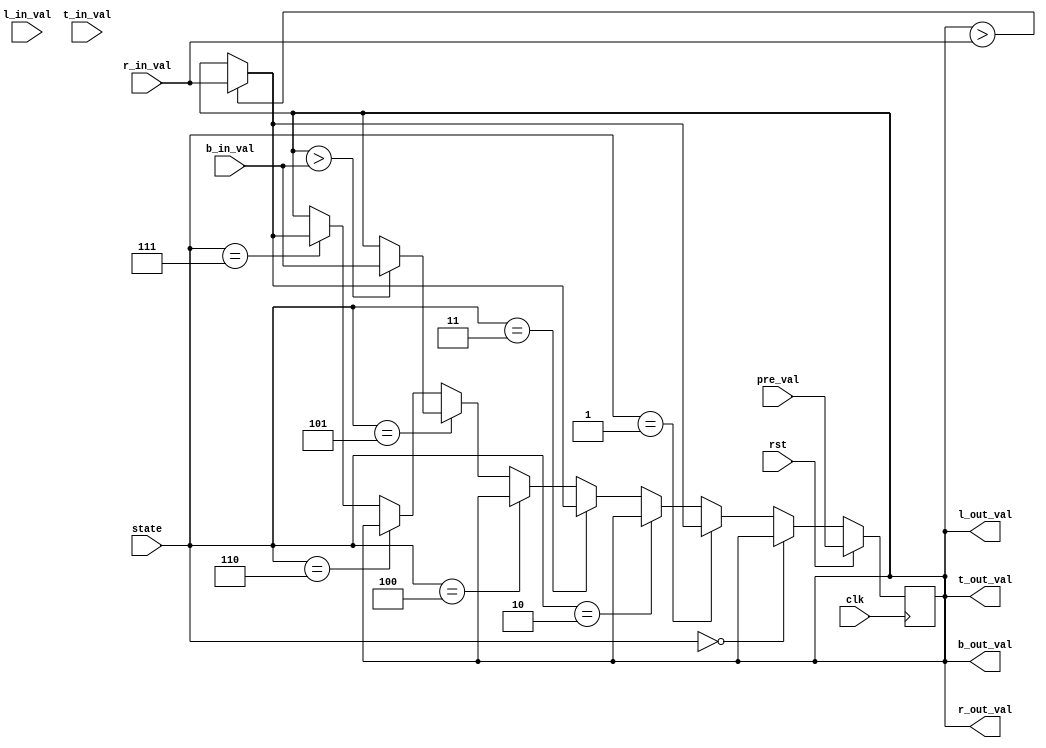
module PE #(parameter WIDTH = 8, MY_ROW=0, MY_COL=0, TOTAL_ROW_COUNT = 4, TOTAL_COL_COUNT = 4, TOTAL_COL=8, TOTAL_ROW = 8)
    (clk, rst, state, pre_val, l_in_val, r_in_val, t_in_val, b_in_val, l_out_val, r_out_val, t_out_val, b_out_val);

    input clk;
    input rst;
    input [3:0] state;
    input [WIDTH-1:0] l_in_val;
    input [WIDTH-1:0] r_in_val;
    input [WIDTH-1:0] t_in_val;
    input [WIDTH-1:0] b_in_val;
    input [WIDTH-1:0] pre_val;

    output [WIDTH-1:0] l_out_val;
    output [WIDTH-1:0] r_out_val;
    output [WIDTH-1:0] t_out_val;
    output [WIDTH-1:0] b_out_val;

    reg [WIDTH-1:0] current_val;
    reg [WIDTH-1:0] counter;
    wire [WIDTH-1:0] my_row = MY_ROW;
    wire [WIDTH-1:0] my_col = MY_COL;

    reg [WIDTH-1:0] tmp_current_val;
    reg [WIDTH-1:0] shuffle_val;

    assign l_out_val = current_val;
    assign r_out_val = current_val;
    assign b_out_val = current_val;
    assign t_out_val = current_val;

    reg state_two_done = 0 ;

    always@(posedge clk)begin
        if(rst == 1) begin
            counter <= 0 ;
            current_val <= pre_val; 
            state_two_done <= 0;
        end 
        
        else if (state == 0) begin // odd transpose in first step
            if(my_row[0] == 0) begin // even row
                if(my_col[0] == 0 ) begin  // even col
                    if((current_val < l_in_val ) && (my_col!=0) && (my_col!= (TOTAL_COL_COUNT/2))) begin
                        current_val <= l_in_val;
                    end
                end else begin
                    if((current_val > r_in_val) && (my_col!=(TOTAL_COL_COUNT/2 - 1)) &&(my_col!=(TOTAL_COL_COUNT-1))) begin
                        current_val <= r_in_val;
                    end
                end
            end else begin          // odd row
                if(my_col[0] == 0 ) begin  // even col
                    if((current_val > l_in_val) && (my_col!=0) && (my_col!= (TOTAL_COL_COUNT/2))) begin
                        current_val <= l_in_val;
                    end
                end else begin
                    if((current_val < r_in_val) && (my_col!=(TOTAL_COL_COUNT/2 - 1)) &&(my_col!=(TOTAL_COL_COUNT-1))) begin
                        current_val <= r_in_val;
                    end
                end

            end
            tmp_current_val <= current_val;
        end 
         
        else if (state == 1) begin // even transpose in first step
            if(my_row[0] == 0) begin // even row
                if(my_col[0] == 0 ) begin  // even col
                    if((current_val > r_in_val) ) begin
                        current_val <= r_in_val;
                    end
                end else begin
                    if((current_val < l_in_val) ) begin
                        current_val <= l_in_val;
                    end
                end
            end else begin
                if(my_col[0] == 0 ) begin  // even col
                    if((current_val < r_in_val) ) begin
                        current_val <= r_in_val;
                    end
                end else begin
                    if((current_val > l_in_val) ) begin
                        current_val <= l_in_val;
                    end
                end

            end
            tmp_current_val <= current_val;
        end 
		
        else if (state == 2) begin // odd transpose in first step
            if(my_row[0] == 0) begin // even row
                if(my_col[0] == 0 ) begin  // even col
                    if((current_val < l_in_val ) && (my_col!=0) && (my_col!= (TOTAL_COL_COUNT))) begin
                        current_val <= l_in_val;
                    end
                end else begin
                    if((current_val > r_in_val) && (my_col!=(TOTAL_COL_COUNT - 1)) &&(my_col!=(TOTAL_COL_COUNT-1))) begin
                        current_val <= r_in_val;
                    end
                end
            end else begin          // odd row
                if(my_col[0] == 0 ) begin  // even col
                    if((current_val > l_in_val) && (my_col!=0) && (my_col!= (TOTAL_COL_COUNT))) begin
                        current_val <= l_in_val;
                    end
                end else begin
                    if((current_val < r_in_val) && (my_col!=(TOTAL_COL_COUNT - 1)) &&(my_col!=(TOTAL_COL_COUNT-1))) begin
                        current_val <= r_in_val;
                    end
                end

            end
            tmp_current_val <= current_val;
        end 
         
        else if (state == 3) begin // even transpose in first step
            if(my_row[0] == 0) begin // even row
                if(my_col[0] == 0 ) begin  // even col
                    if((current_val > r_in_val) ) begin
                        current_val <= r_in_val;
                    end
                end else begin
                    if((current_val < l_in_val) ) begin
                        current_val <= l_in_val;
                    end
                end
            end else begin
                if(my_col[0] == 0 ) begin  // even col
                    if((current_val < r_in_val) ) begin
                        current_val <= r_in_val;
                    end
                end else begin
                    if((current_val > l_in_val) ) begin
                        current_val <= l_in_val;
                    end
                end

            end
            tmp_current_val <= current_val;
        end 
		
		else if (state == 4) begin // odd transpose in first step
            //if(my_col[0] == 0) begin // even row
                if(my_row[0] == 0 ) begin  // even col
                    if((current_val < t_in_val ) && (my_row!=0) && (my_row!= (TOTAL_ROW_COUNT))) begin
                        current_val <= t_in_val;
                    end
                end else begin
                    if((current_val > b_in_val) && (my_row!=(TOTAL_ROW_COUNT - 1)) &&(my_row!=(TOTAL_ROW_COUNT-1))) begin
                        current_val <= b_in_val;
                    end
                end
            /*end else begin          // odd row
                if(my_row[0] == 0 ) begin  // even col
                    if((current_val > t_in_val) && (my_row!=0) && (my_row!= (TOTAL_ROW_COUNT))) begin
                        current_val <= t_in_val;
                    end
                end else begin
                    if((current_val < b_in_val) && (my_row!=(TOTAL_ROW_COUNT - 1)) &&(my_row!=(TOTAL_ROW_COUNT-1))) begin
                        current_val <= b_in_val;
                    end
                end

            end*/
            tmp_current_val <= current_val;
        end 
         
        else if (state == 5) begin // even transpose in first step
            //if(my_col[0] == 0) begin // even row
                if(my_row[0] == 0 ) begin  // even col
                    if((current_val > b_in_val) ) begin
                        current_val <= b_in_val;
                    end
                end else begin
                    if((current_val < t_in_val) ) begin
                        current_val <= t_in_val;
                    end
                end
            /*end else begin
                if(my_row[0] == 0 ) begin  // even col
                    if((current_val < b_in_val) ) begin
                        current_val <= b_in_val;
                    end
                end else begin
                    if((current_val > t_in_val) ) begin
                        current_val <= t_in_val;
                    end
                end

            end*/
            tmp_current_val <= current_val;
        end 

/*
        else if ((state == 2) && (state_two_done == 0)) begin // shift left to right
            current_val<= l_in_val;
            counter <= counter + 1 ;
            if (my_col[0] == 0) begin // even col
                // left input 
                if (counter == (MY_COL/2)) begin // r-n
                    shuffle_val <= current_val;
                    state_two_done <= 1 ;
                    counter <= 0 ; 

                end 

            end           

        end
        else if (state == 3) begin // aux state for reset
            state_two_done <= 0 ;
            counter <= 0;
            current_val <= tmp_current_val;
        end if ((state == 4) && (state_two_done == 0)) begin
            current_val<= r_in_val;
            counter <= counter + 1 ;
            if (my_col[0] != 0) begin // odd col
                // left input 
                if (counter == (((TOTAL_COL_COUNT - MY_COL - 1 )/2))) begin // r-n
                    shuffle_val <= current_val;
                    state_two_done <= 1 ;
                    counter <= 0 ; 

                end 

            end           

        end else if (state == 5) begin
            counter <= 0 ; 
            current_val <= shuffle_val;
 
         
        end else if (state == 6) begin // even transpose in first step
            if(my_row[0] == 0) begin // even row
                if(my_col[0] == 0 ) begin  // even col
                    if((current_val > r_in_val) ) begin
                        current_val <= r_in_val;
                    end
                end else begin  // odd col
                    if((current_val < l_in_val) ) begin
                        current_val <= l_in_val;
                    end
                end 
            end else begin
                if(my_col[0] == 0 ) begin  // even col
                    if((current_val < r_in_val) ) begin
                        current_val <= r_in_val;
                    end
                end else begin  // odd col
                    if((current_val > l_in_val) ) begin
                        current_val <= l_in_val;
                    end
                end 
            end
        end else if (state == 7) begin // odd transpose in first step
            if((my_row[0] == 0) ) begin // even row
                if((my_col[0] == 0 ) && (my_row!=0)) begin  // even col
                    if((current_val < t_in_val ) ) begin
                        current_val <= t_in_val;
                    end
                end else begin
                    if((current_val > b_in_val) ) begin
                        current_val <= b_in_val;
                    end
                end
            end else if ((my_row[0]!=0) && (my_row!=(TOTAL_ROW_COUNT-1))) begin          // odd row
                if(my_col[0] == 0 ) begin  // even col
                    if((current_val > b_in_val ) ) begin
                        current_val <= b_in_val;
                    end
                end else begin
                    if((current_val < t_in_val) ) begin
                        current_val <= t_in_val;
                    end
                end

            end
        end 
		*/
        else if (state == 6) begin // odd transpose in first step
            if(my_row[0] == 0) begin // even row
                if(my_col[0] == 0 ) begin  // even col
                    if((current_val < l_in_val ) && (my_col!=0)) begin
                        current_val <= l_in_val;
                    end else if (my_col == 0) begin
                        if((my_row!=0) && (current_val < t_in_val)) begin
                            current_val <= t_in_val;
                        end
                    end
                end else begin
                    if((current_val > r_in_val) && (my_col!=(TOTAL_COL_COUNT-1))) begin
                        current_val <= r_in_val;
                    end else if (my_col == (TOTAL_COL_COUNT -1)) begin
                        if((my_row != (TOTAL_ROW_COUNT-1)) && (current_val > b_in_val)) begin
                            current_val <= b_in_val;
                        end
                    end
                end
            end else begin          // odd row
                if(my_col[0] == 0 ) begin  // even col
                    if((current_val > l_in_val ) && (my_col!=0)) begin
                        current_val <= l_in_val;
                    end else if (my_col == 0) begin
                        if((my_row!=(TOTAL_ROW_COUNT-1)) && (current_val > b_in_val)) begin
                            current_val <= b_in_val;
                        end
                    end
                end else begin
                    if((current_val < r_in_val) && (my_col!=(TOTAL_COL_COUNT-1))) begin
                        current_val <= r_in_val;
                    end else if (my_col == (TOTAL_COL_COUNT -1)) begin
                        if( (current_val < t_in_val)) begin
                            current_val <= t_in_val;
                        end
                    end
                end
            end
        end 
        
        else if (state == 7) begin // even transpose in first step
            if(my_row[0] == 0) begin // even row
                if(my_col[0] == 0 ) begin  // even col
                    if((current_val > r_in_val) ) begin
                        current_val <= r_in_val;
                    end
                end else begin
                    if((current_val < l_in_val) ) begin
                        current_val <= l_in_val;
                    end
                end
            end else begin
                if(my_col[0] == 0 ) begin  // even col
                    if((current_val < r_in_val) ) begin
                        current_val <= r_in_val;
                    end
                end else begin
                    if((current_val > l_in_val) ) begin
                        current_val <= l_in_val;
                    end
                end

            end
        end 

        
    end 

endmodule